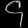
Digit: ၄